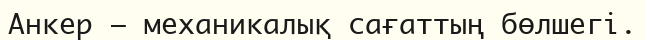
Анкер — механикалық сағаттың бөлшегі.